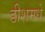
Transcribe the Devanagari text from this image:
डीशमधे